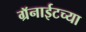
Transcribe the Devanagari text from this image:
ग्रॅनाईटच्या